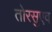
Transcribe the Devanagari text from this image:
तोरसुएव